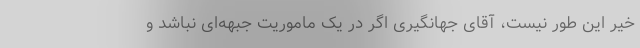
خیر این طور نیست، آقای جهانگیری اگر در یک ماموریت جبهه‌ای نباشد و